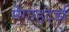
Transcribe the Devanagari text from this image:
मेगाहर्ट्झ